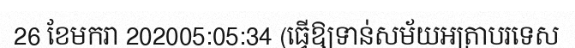
26 ខែមករា 202005:05:34 (ធ្វើឱ្យទាន់សម័យអត្រាបរទេស